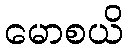
မောစယိ